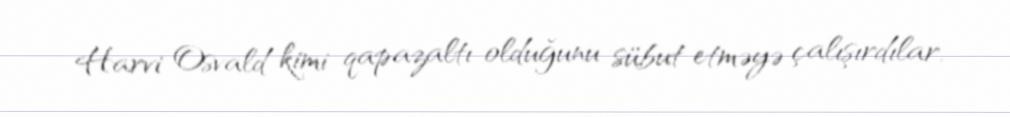
Harvi Osvald kimi qapazaltı olduğunu sübut etməyə çalışırdılar.